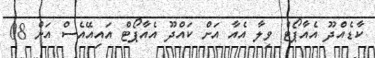
ކާޑެއްދޫ އެއާޕޯޓް ވިލާ އެއާ އަށް ކައްދޫ އެއާޕޯޓް އައިއޭއެސް އަށް 08